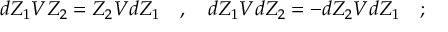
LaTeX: d Z _ { 1 } V Z _ { 2 } = Z _ { 2 } V d Z _ { 1 } \quad , \quad d Z _ { 1 } V d Z _ { 2 } = - d Z _ { 2 } V d Z _ { 1 } \quad ;